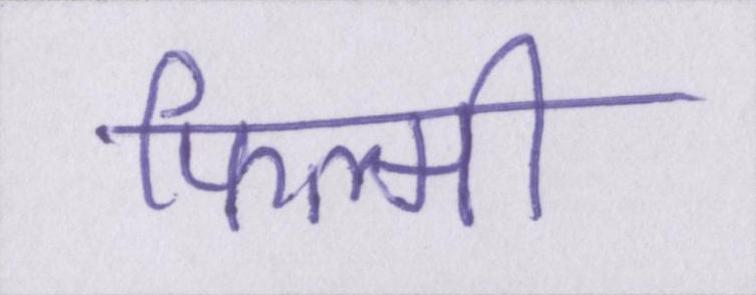
फिल्मी